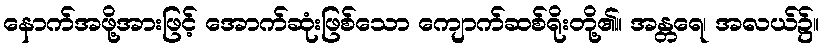
နောက်အဖို့အားဖြင့် အောက်ဆုံးဖြစ်သော ကျောက်ဆစ်ရိုးတို့၏။ အန္တရေ၊ အလယ်၌။